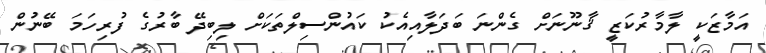
އަމާޒަކީ ލާމާރުކަޒީ ޤާނޫނަށް ގެންނަ ބަދަލާއިއެކު ކައުންސިލްތަކަށް ލިބިދޭ ބާރުގެ ފުރިހަމަ ބޭނުން